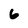
Character: 6